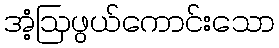
အံ့ဩဖွယ်ကောင်းသော